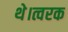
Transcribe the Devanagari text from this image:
थे।त्वरक